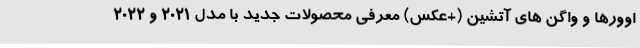
اوورها و واگن های آتشین (+عکس) معرفی محصولات جدید با مدل 2021 و 2022